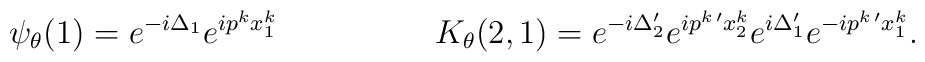
\psi_{\theta}(1) = e^{-i \Delta_{1}} e^{ i p^{k} x_{1}^{k}} \hspace{2cm} K_{\theta}(2,1) = e^{-i \Delta_{2}^{\prime}} e^{ i p^{k \, \prime} x_{2}^{k}} e^{i \Delta_{1}^{\prime}} e^{  -i p^{k \, \prime} x_{1}^{k}} .